Vaccination in Bombay 1902-1912 - 1902-1912
Year: 1902
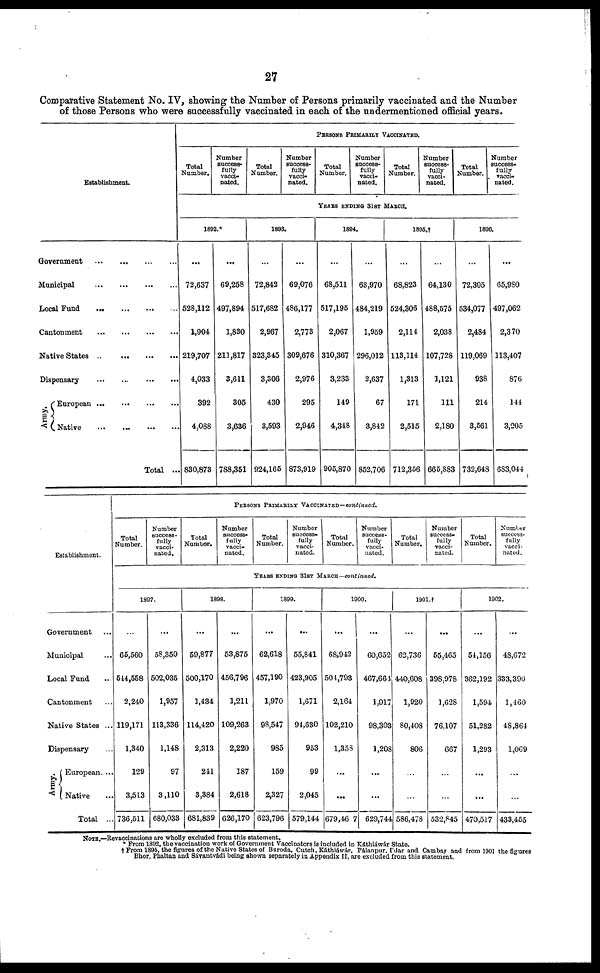
27
Comparative Statement No. IV, showing the Number of Persons primarily vaccinated and the Number
of those Persons who were successfully vaccinated in each of the undermentioned official years.
Establishment.
Government
...
...
...
...
Municipal
...
...
...
...
Local Fund
...
...
...
...
Cantonment
...
...
...
...
Native States
...
...
...
...
Dispensary
...
...
...
...
Army.
European
...
...
...
...
Native
...
...
...
...
Total ...
PERSONS PRIMARILY VACCINATED.
Total
Number.
Number
success-
fully
vacci-
nated.
Total
Number.
Number
success-
fully
vacci-
nated.
Total
Number.
Number
success-
fully
vacci-
nated.
Total
Number.
Number
success-
fully
vacci-
nated.
Total
Number.
Number
success-
fully
vacci-
nated.
YEARS ENDING 31 ST MARCH.
1892.*
...
72,637
528,112
1,904
219,707
4,033
392
4,088
830,873
...
69,258
497,894
1,830
211,817
3,611
305
3,636
788,351
1893.
...
72,842
517,682
2,967
323,345
3,306
430
3,593
924,165
...
69,076
486,177
2,773
309,676
2,976
295
2,946
873,919
1894.
...
68,511
517,196
2,067
310,367
3,233
149
4,348
905,870
...
63,970
484,219
1,959
296,012
2,637
67
3,842
852,706
1895.†
...
68,823
524,306
2,114
113,114
1,313
171
2,515
712,356
...
64,130
488,575
2,038
107,728
1,121
111
2,180
665,883
1896.
...
72,305
534,077
2,484
119,069
938
214
3,561
732,648
...
65,980
497,062
2,370
113,407
876
144
3,205
683,044
Establishment.
Government ...
Municipal ...
Local Fund ...
Cantonment ...
Native States ...
Dispensary ...
Army.
European. ...
Native ...
Total ...
PERSONS PRIMARILY VACCINATED—continued.
Total
Number.
Number
success-
fully
vacci-
nated.
Total
Number.
Number
success¬
fully
vacci-
nated.
Total
Number.
Number
success¬
fully
vacci¬
nated.
Total
Number.
Number
success-
fully
vacci-
nated.
Total
Number.
Number
success-
fully
vacci-
nated.
Total
Number.
Number
success-
fully
vacci-
nated.
YEARS ENDING 31ST MARCH— continued.
1897.
...
65,560
544,558
2,240
119,171
1,340
129
3,513
736,511
...
58,350
502,035
1,957
113,336
1,148
97
3,110
680,033
1898.
...
59,877
500,170
1,434
114,420
2,313
241
3,384
681,839
...
53,875
456,796
1,211
109,263
2,220
187
2,618
626,170
1899.
...
62,618
457,190
1,970
98,547
985
159
2,327
623,796
...
55,841
423,905
1,671
94,630
953
99
2,045
579,144
1900.
...
68,942
504,793
2,164
102,210
1,358
...
...
679,467
...
60,652
467,664
1,917
98,303
1,208
...
...
629,744
1901.†
...
62,736
440,608
1,920
80,408
806
...
...
586,478
...
55,465
398,978
1,628
76,107
667
...
...
532,845
1902.
...
54,156
362,192
1,594
51,282
1,293
...
...
470,517
...
48,672
333,390
1,460
48,864
1,069
...
...
433,455
NOTE.—Revaccinations are wholly excluded from this statement.
* From 1892, the vaccination work of Government Vaccinators is included in Káthiáwár State.
† From 1895, the figures of the Native States of Baroda, Cutch, Káthiáwár, Pálanpur, Ídar and Cambay and from 1901 the figures
Bhor, Phaltan and Sávantvádi being shown separately in Appendix II, are excluded from this statement.